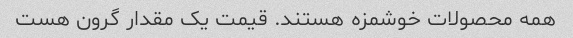
همه محصولات خوشمزه هستند. قیمت یک مقدار گرون هست